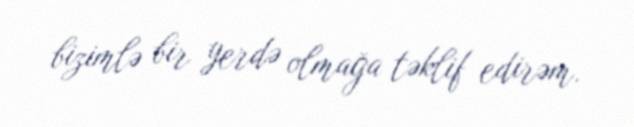
bizimlə bir yerdə olmağa təklif edirəm.